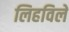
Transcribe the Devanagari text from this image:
लिहविले